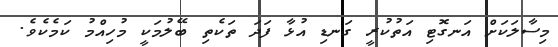
މިސާލަކަށް އަނގޮޓި އަތުކުރީ ގަނޑި އުޅާ ފަދަ ތަކެތި ބޭލުމަކީ މުހިއްމު ކަމެކެވެ.